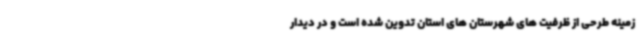
زمینه طرحی از ظرفیت های شهرستان های استان تدوین شده است و در دیدار